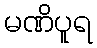
မဏိပူရ